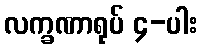
လက္ခဏာရုပ် ၄-ပါး